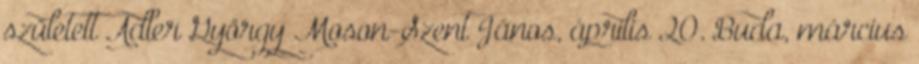
született Adler György Moson-Szent János, április 20. Buda, március